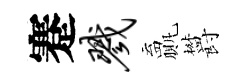
蹇戮贏欝